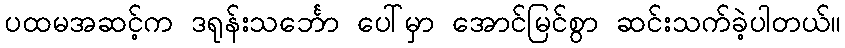
ပထမအဆင့်က ဒရုန်းသင်္ဘော ပေါ်မှာ အောင်မြင်စွာ ဆင်းသက်ခဲ့ပါတယ်။